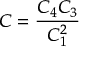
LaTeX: { \displaystyle { C = \frac { C _ { 4 } C _ { 3 } } { C _ { 1 } ^ { 2 } } } }